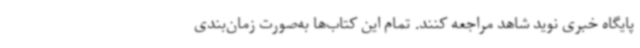
پایگاه خبری نوید شاهد مراجعه کنند. تمام این کتاب‌ها به‌صورت زمان‌بندی